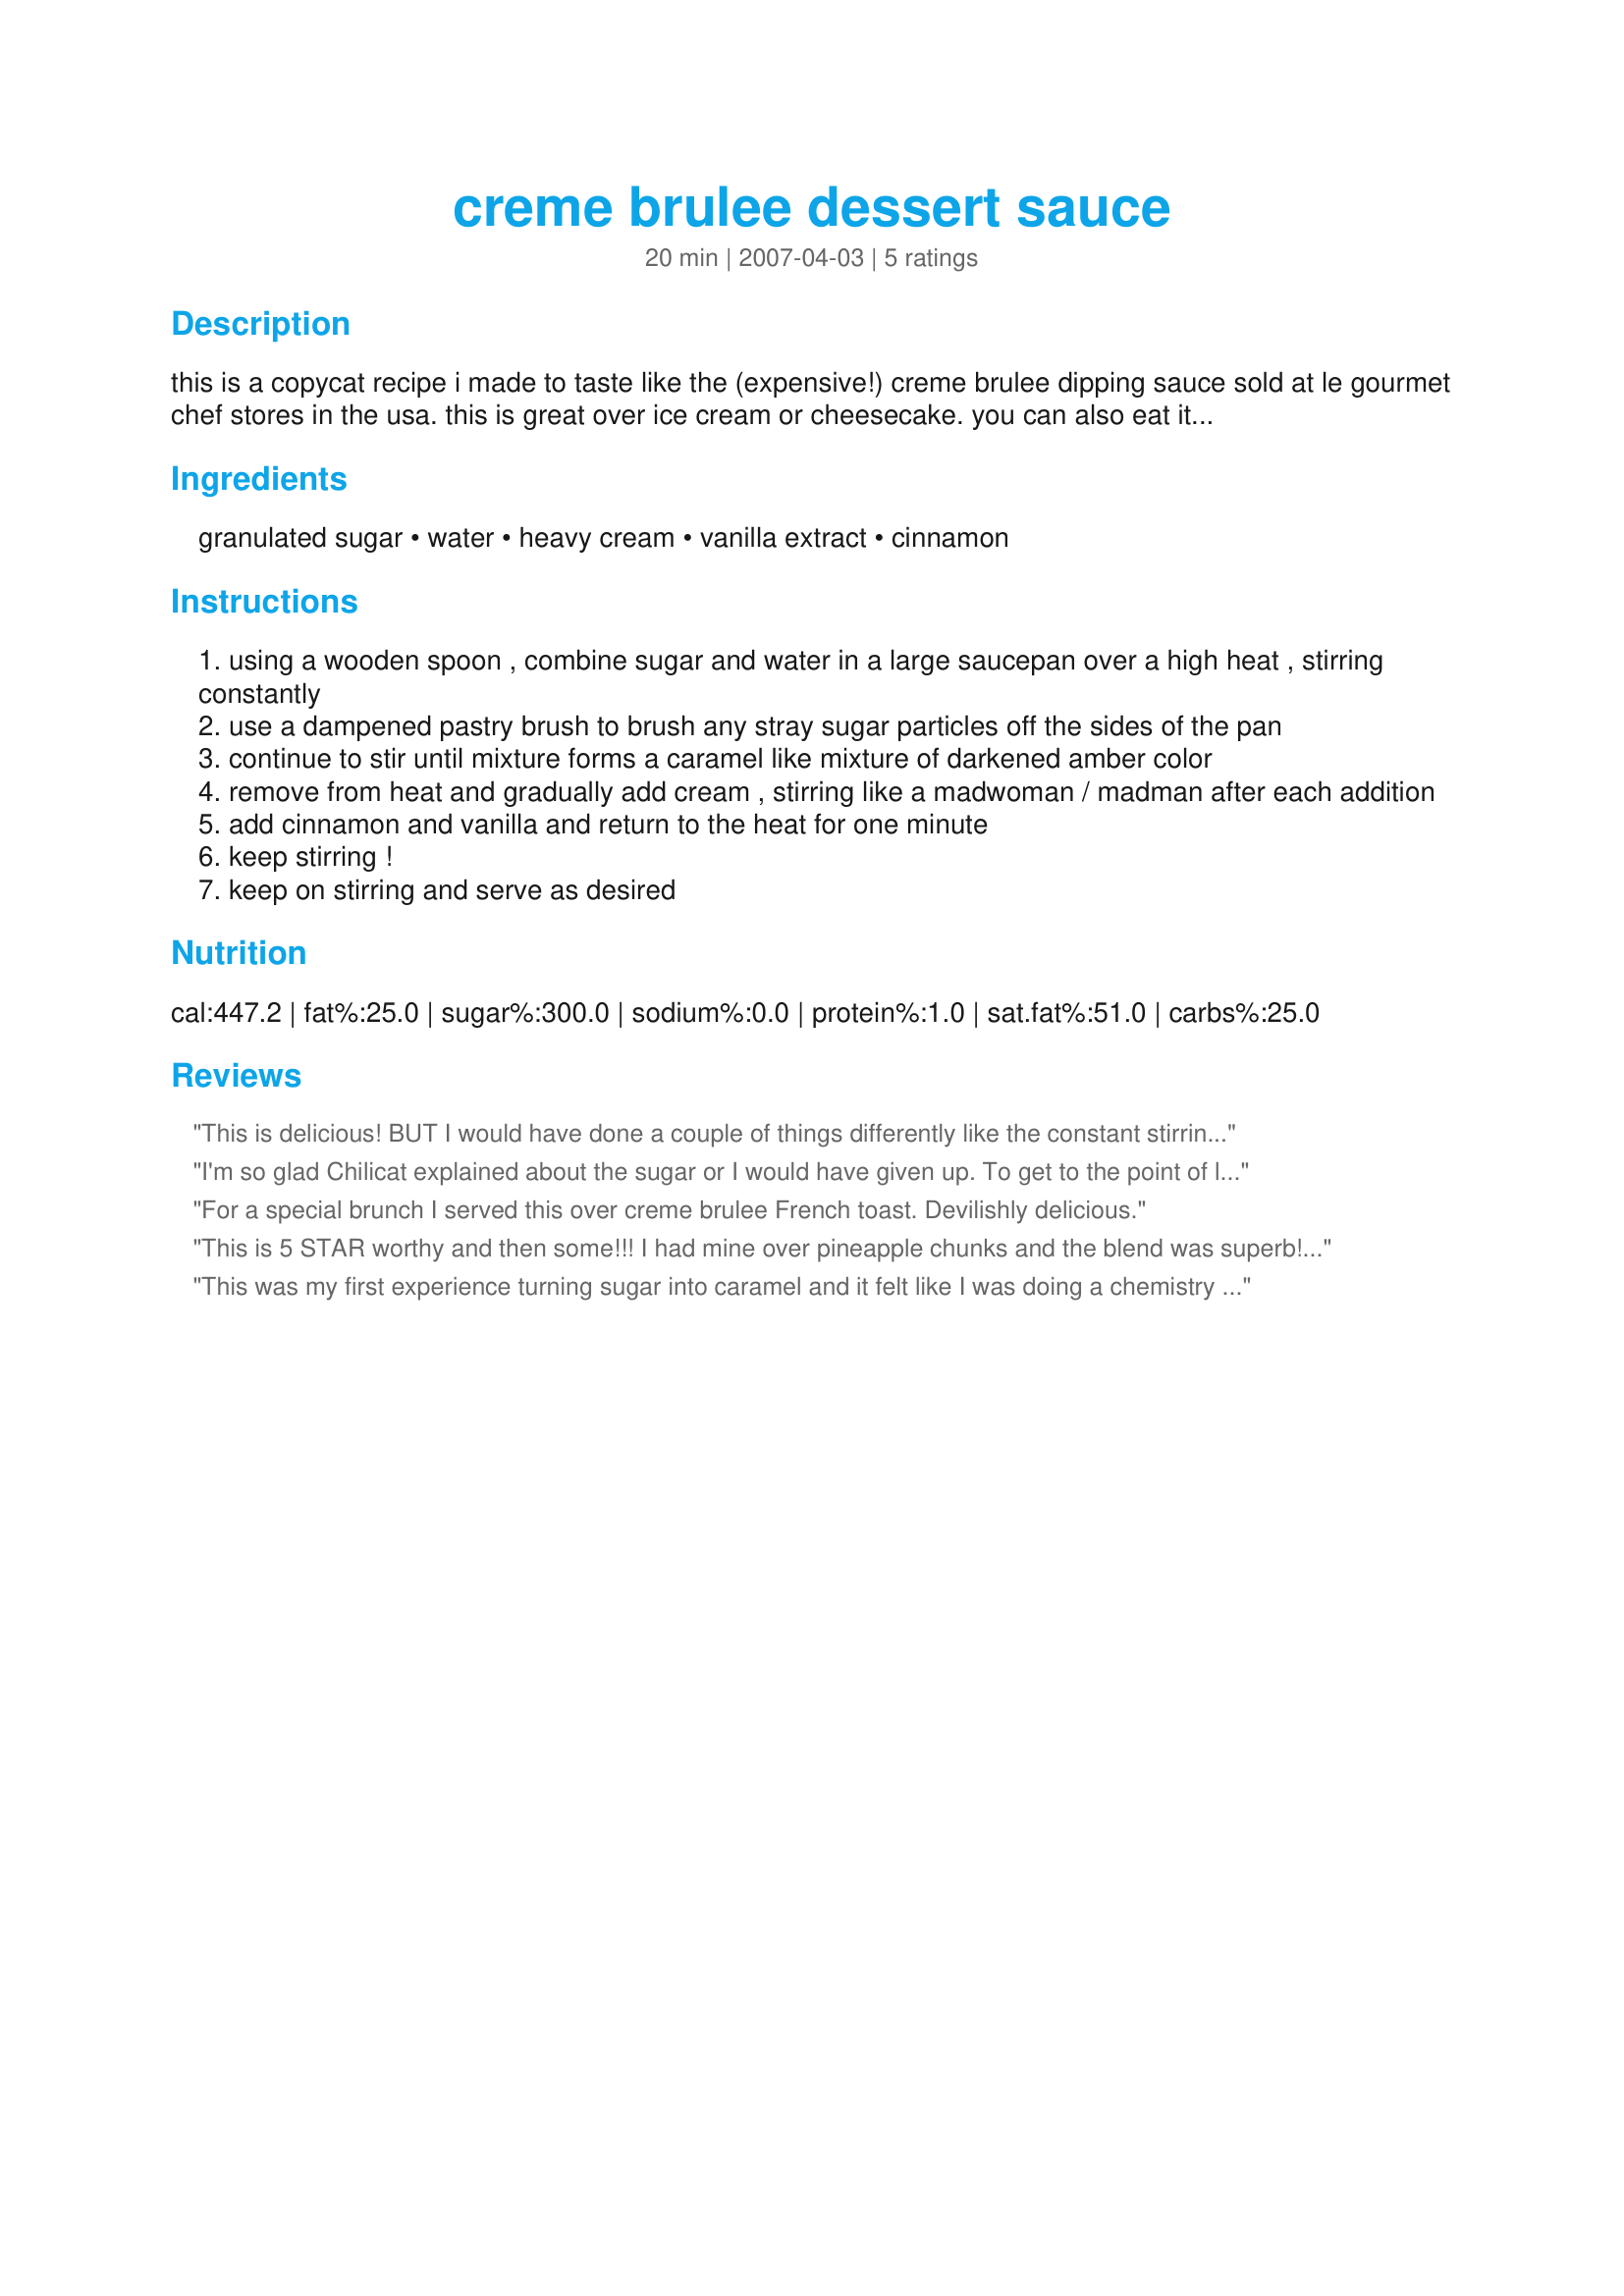
creme brulee dessert sauce
Preparation time: 20 minutes

this is a copycat recipe i made to taste like the (expensive!) creme brulee dipping sauce sold at le gourmet chef stores in the usa. this is great over ice cream or cheesecake. you can also eat it as a dip with animal crackers or grahams.

Ingredients:
granulated sugar, water, heavy cream, vanilla extract, cinnamon

Steps:
using a wooden spoon , combine sugar and water in a large saucepan over a high heat , stirring constantly
use a dampened pastry brush to brush any stray sugar particles off the sides of the pan
continue to stir until mixture forms a caramel like mixture of darkened amber color
remove from heat and gradually add cream , stirring like a madwoman / madman after each addition
add cinnamon and vanilla and return to the heat for one minute
keep stirring !
keep on stirring and serve as desired

Reviews:
This is delicious! BUT I would have done a couple of things differently like the constant stirring meant the heat didn't get the sugar melting very fast and I wore myself out stirring little blobs that looked like they'd never change until I realized I could stir a bit then let it heat a bit then stir a bit and it worked better. When time to put the heavy cream in I thought I was putting it in slowly enough but apparently author means in drop by drop form cause I almost had a hard mess. Lastly the wooden spoon was something I didn't have and I made the mistake of using a flexible type plastic one. Don't do it. I accidentally flung a tiny bit of the hot melted sugar onto a finger and wow what a burn! BUT that said I will make this again and again because it was a hit with my guests. I added a tablespoon of Cointreau ( orange flavored liqueur ) to the mix and drizzled it over New York cheesecake - FABULOUS!
I'm so glad Chilicat explained about the sugar or I would have given up. To get to the point of liqufying too far longer than I expected, and I had to piok out a few lumps that never melted. The end result was ok, it just wasn't worth the time it took to make,
For a special brunch I served this over creme brulee French toast. Devilishly delicious.
This is 5 STAR worthy and then some!!! I had mine over pineapple chunks and the blend was superb! Thanks, Shannon. (:
This was my first experience turning sugar into caramel and it felt like I was doing a chemistry experiment. The sugar dried out, then turned to a coarse powder, then started clumping into chalky chunks, then finally liquefied and turned color as I stirred and stirred away. I took it off the heat when it was a dark amber but still very watery in consistency, which is a good thing because it was just starting to give off a slightly burnt smell. I could probably have taken it off a little sooner. This is nice with animal cookies but I think I'll try it next with some ice cream. Thanks for posting!
